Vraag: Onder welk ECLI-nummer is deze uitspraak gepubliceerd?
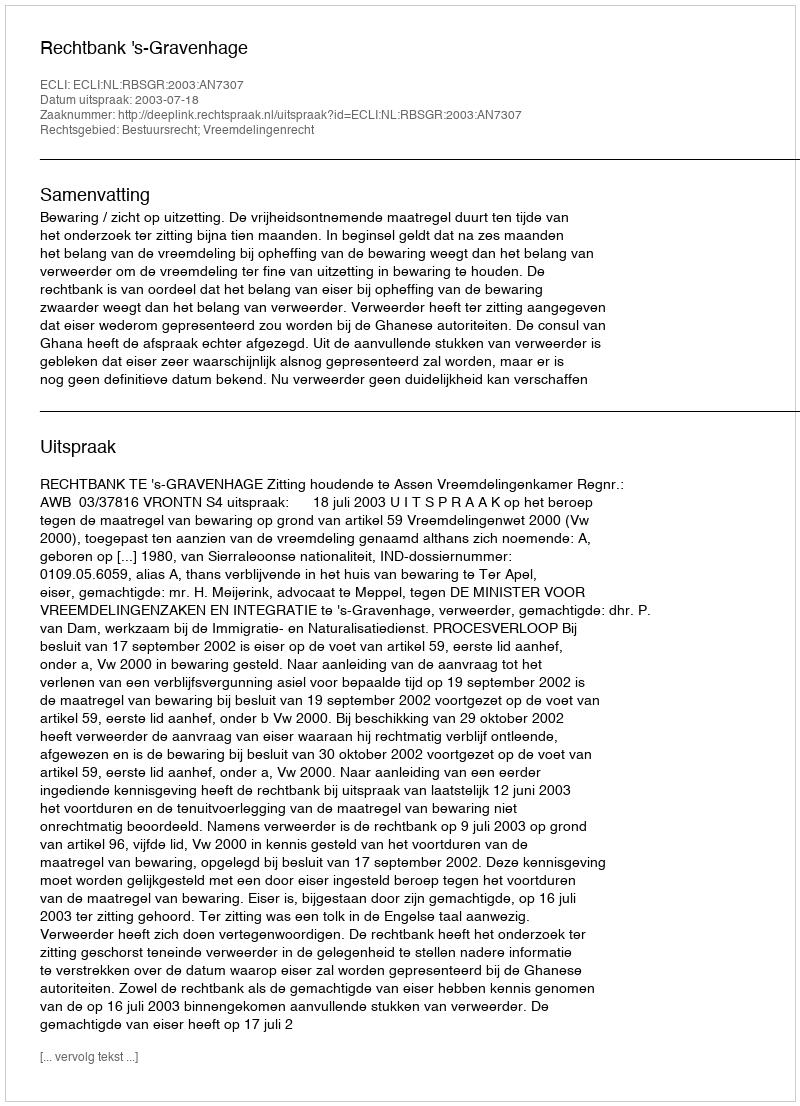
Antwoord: ECLI:NL:RBSGR:2003:AN7307